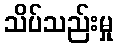
သိပ်သည်းမှု